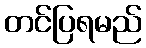
တင်ပြရမည်